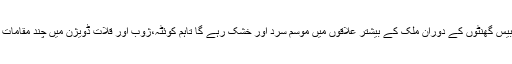
6جنوری 2014ء)محکمہ موسمیات نے کہا ہے کہ آئندہ چوبیس گھنٹوں کے دوران ملک کے بیشتر علاقوں میں موسم سرد اور خشک رہے گا تاہم کوئٹہ،ژوب اور قلات ڈویژن میں چند مقامات پر ہلکی بارش اور پہاڑوں پر ہلکی برف باری کا امکان ہے۔